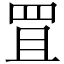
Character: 罝